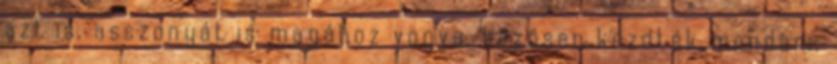
azt is, asszonyát is magához vonva, közösen kezdték mondani: